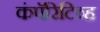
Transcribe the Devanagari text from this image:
कंपॅरिटिव्ह